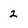
Character: 2